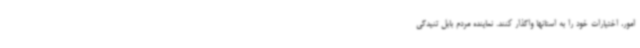
امور، اختیارات خود را به استانها واگذار کنند. نماینده مردم بابل تنیدگی